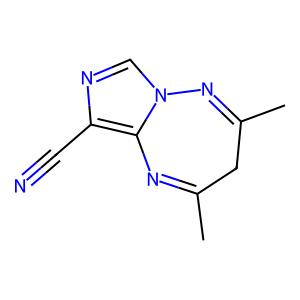
SMILES: CC1=Nc2c(C#N)ncn2N=C(C)C1
Inhibits HIV replication: No